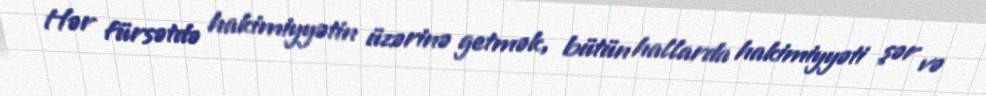
Hər fürsətdə hakimiyyətin üzərinə getmək, bütün hallarda hakimiyyəti şər və